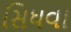
સિધવા